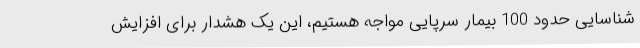
شناسایی حدود 100 بیمار سرپایی مواجه هستیم، این یک هشدار برای افزایش